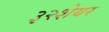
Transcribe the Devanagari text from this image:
३२शेयर